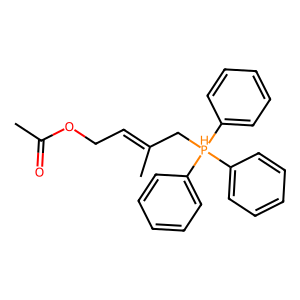
SMILES: CC(=O)OCC=C(C)C[PH](c1ccccc1)(c1ccccc1)c1ccccc1
Inhibits HIV replication: No